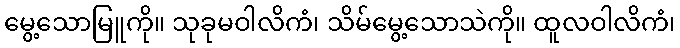
မွေ့သောမြူကို။ သုခုမဝါလိကံ၊ သိမ်မွေ့သောသဲကို။ ထူလဝါလိကံ၊